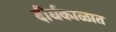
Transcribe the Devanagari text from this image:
दीर्घकाळात